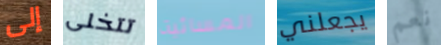
إلى تتخلى المسائية يجعلني نعم